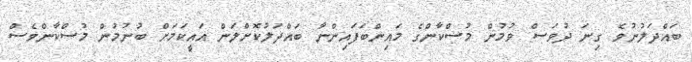
ބައްދަލުނުވެ ގިނަ ދުވަސް ވުމުން މުސްކާންގެ މައިންބަފައިންނާ ބައްދަލުކޮށްލަން އައީކަމަށް ބުނުމުން މުސްކާންވެސް